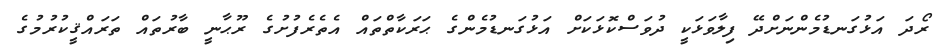
ރޯދަ އަޅުގަނޑުމެންނަށްދޭ ފިލާވަޅަކީ ދުވަސްކޮޅަކަށް އަޅުގަނޑުމެންގެ ޙަރަކާތްތައް އެތެރެފުށުގެ ރޫޙާނީ ބާރުތައް ތަރައްޤީކުރުމުގެ